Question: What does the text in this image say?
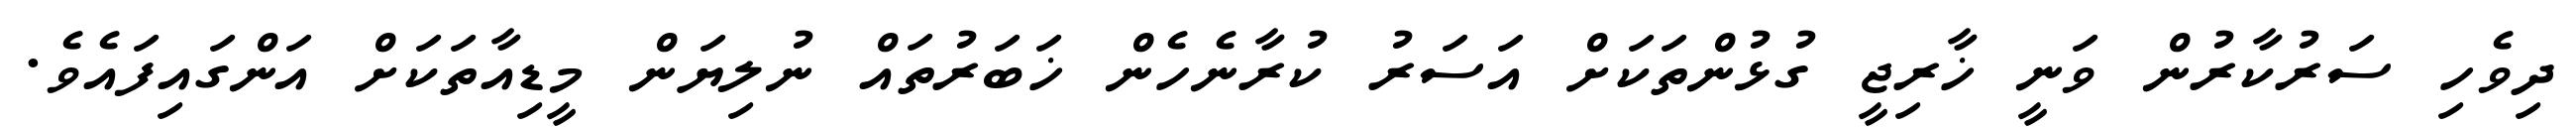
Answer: ދިވެހި ސަރުކާރުން ވަނީ ޚާރިޖީ ގުޅުންތަކަށް އަސަރު ކުރާނެހެން ޚަބަރުތައް ނުލިޔަން މީޑިއާތަކަށް އަންގައިފައެވެ.